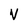
Character: V